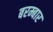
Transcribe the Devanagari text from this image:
बरम्बार